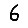
Digit: 6